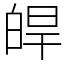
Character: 皔